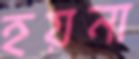
হয়না